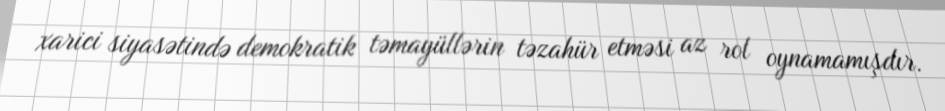
xarici siyasətində demokratik təmayüllərin təzahür etməsi az rol oynamamışdır.